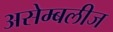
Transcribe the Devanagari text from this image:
असेम्बलीज